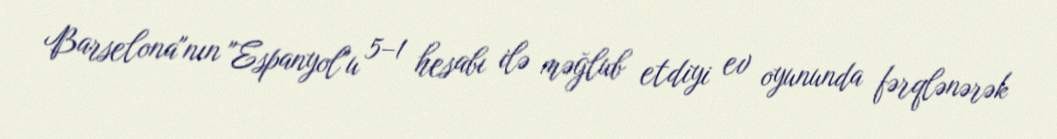
Barselona"nın "Espanyol"u 5–1 hesabı ilə məğlub etdiyi ev oyununda fərqlənərək